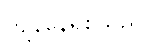
ကျန်နေရစ်သည်။